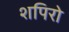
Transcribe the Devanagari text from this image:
शपिरो